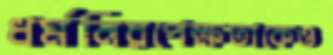
ধর্মনিরপেক্ষতাকেও